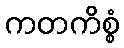
ကတကိစ္စံ